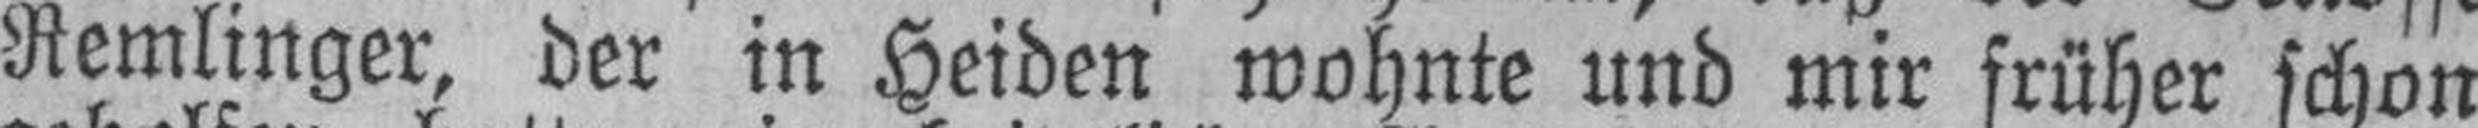
Remlinger, der in Heiden wohnte und mir früher schon